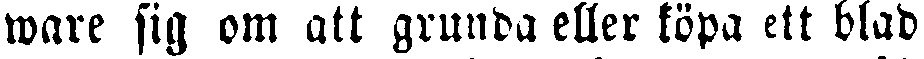
ware sig om att grunda eller köpa ett blad,